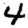
Digit: 4